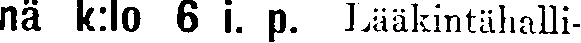
nä k:lo 6 i. p. Lääkintähalli-